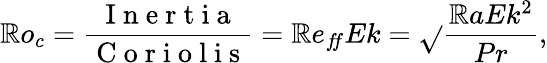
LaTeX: \mathbb{R}o_{c}=\frac{{\mathrm{{~I~n~e~r~t~i~a~}}}}{{\mathrm{{~C~o~r~i~o~l~i~s~}}}}=\mathbb{R}e_{f\! f}Ek=\sqrt{}{{\frac{{\mathbb{R}aEk^{2}}}{{Pr}}}},